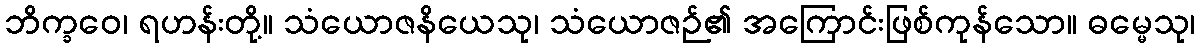
ဘိက္ခဝေ၊ ရဟန်းတို့။ သံယောဇနိယေသု၊ သံယောဇဉ်၏ အကြောင်းဖြစ်ကုန်သော။ ဓမ္မေသု၊